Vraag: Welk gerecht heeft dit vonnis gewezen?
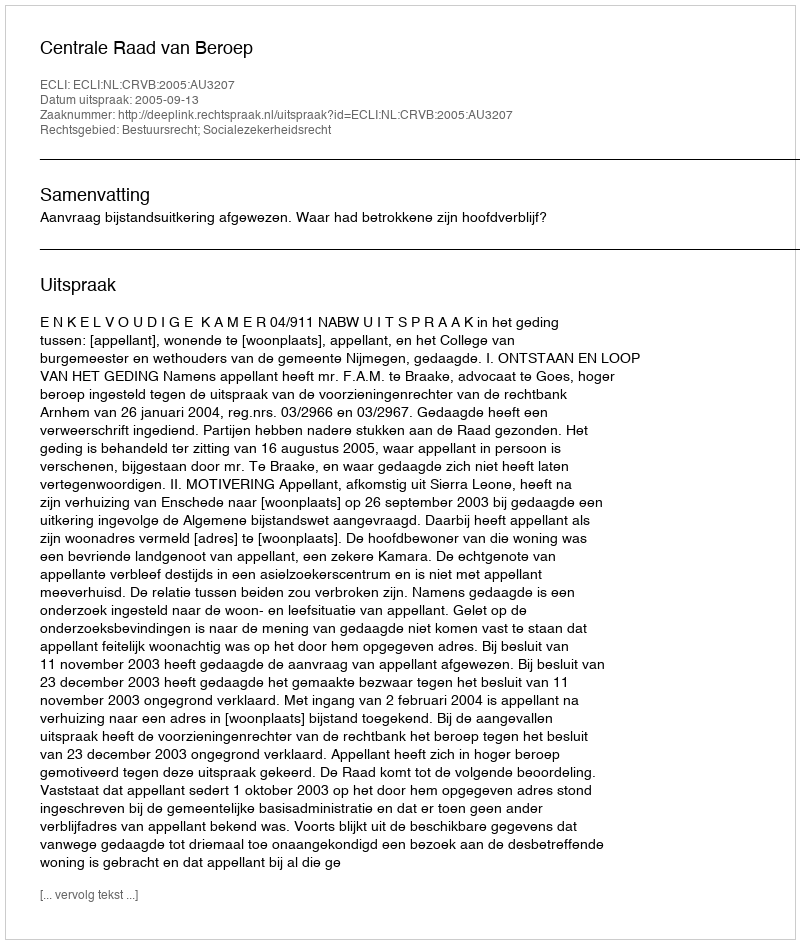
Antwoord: Centrale Raad van Beroep